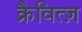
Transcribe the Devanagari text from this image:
क्रैवित्ज़